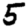
Digit: 5